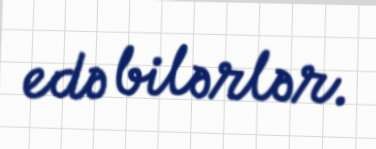
edə bilərlər.